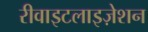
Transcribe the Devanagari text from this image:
रीवाइटलाइज़ेशन